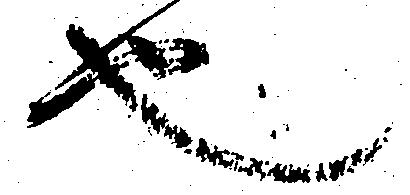
也